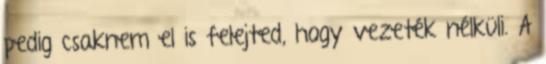
pedig csaknem el is felejted, hogy vezeték nélküli. A